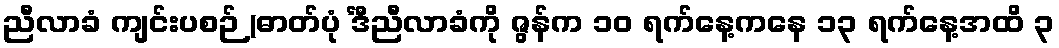
ညီလာခံ ကျင်းပစဉ် (ဓာတ်ပုံ င်္ဒီညီလာခံကို ဇွန်က ၁၀ ရက်နေ့ကနေ ၁၃ ရက်နေ့အထိ ၃